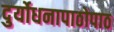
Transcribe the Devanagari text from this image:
दुर्योधनापाठोपाठ